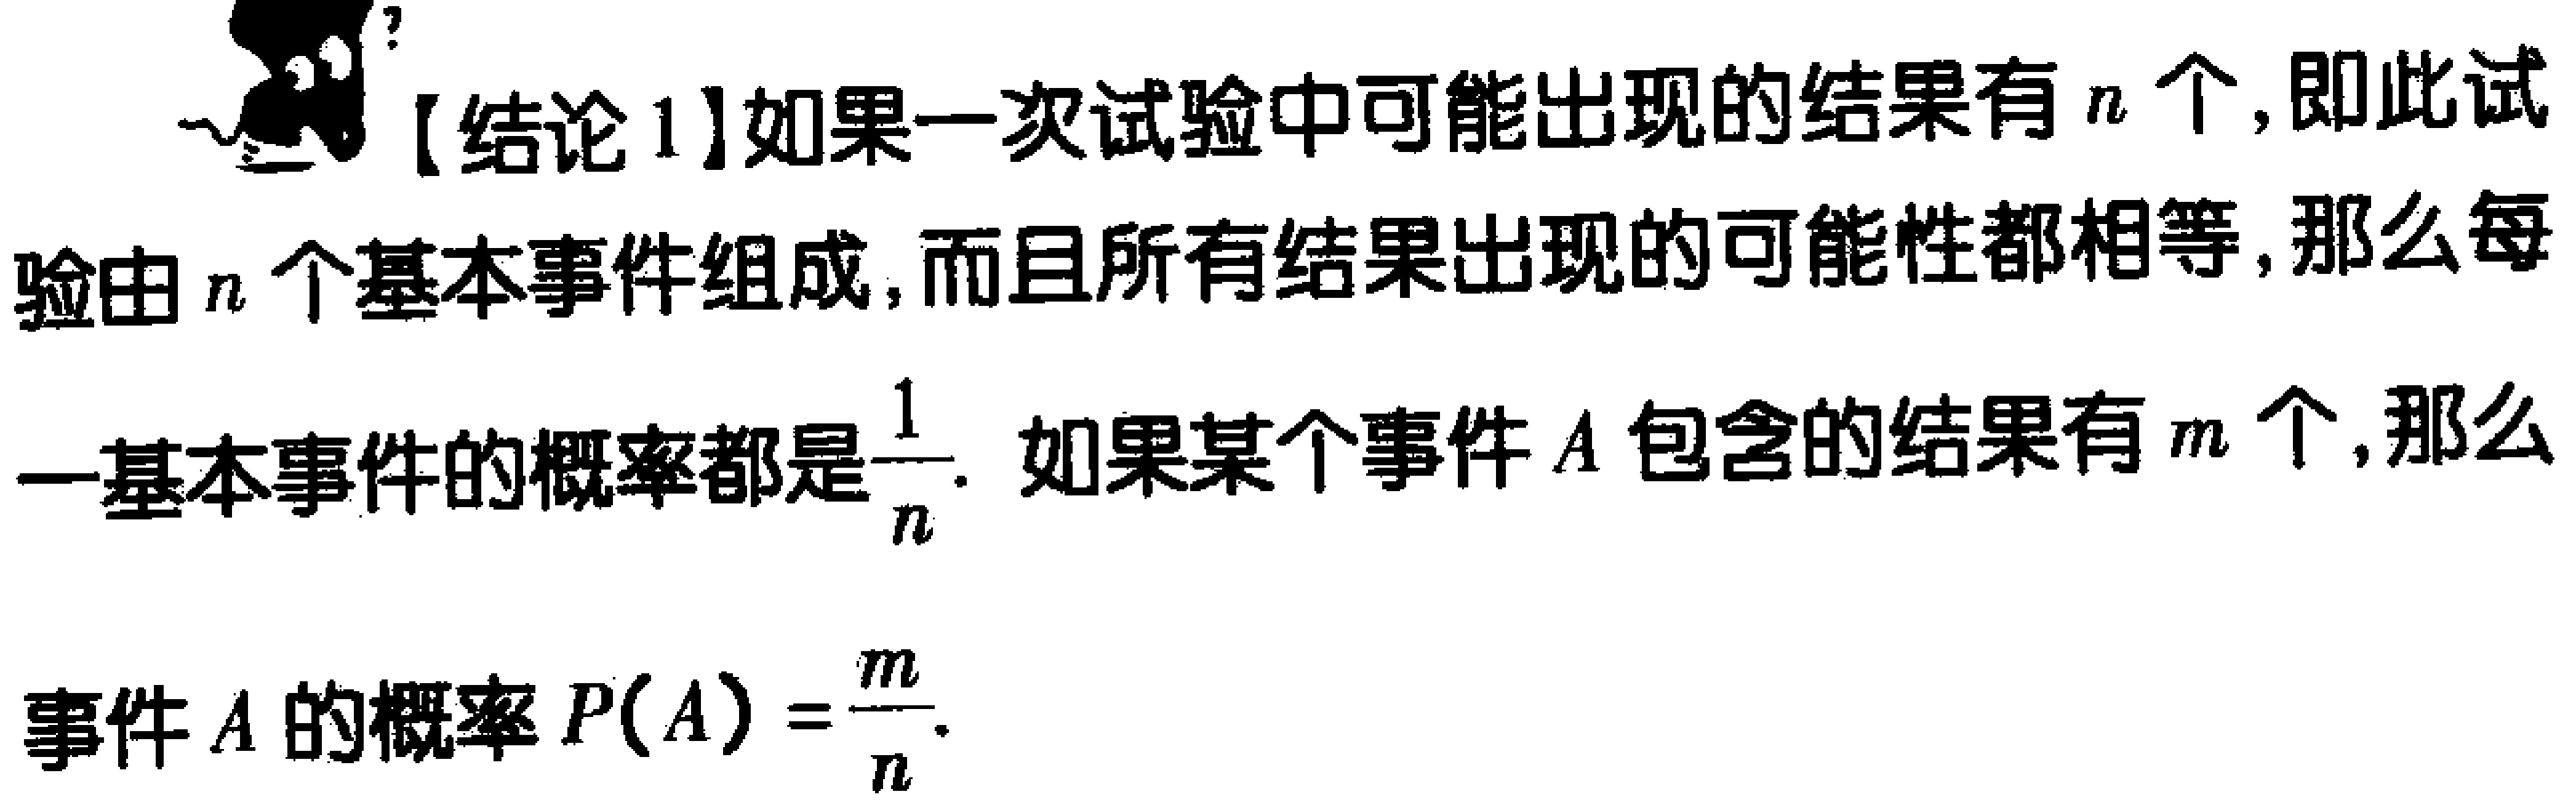
【结论1】如果一次试验中可能出现的结果有\(n\)个，即此试验由\(n\)个基本事件组成，而且所有结果出现的可能性都相等，那么每一基本事件的概率都是\(\frac{1}{n}\). 如果某个事件\(A\)包含的结果有\(m\)个，那么事件\(A\)的概率\(P(A)=\frac{m}{n}\).